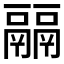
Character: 𩱇